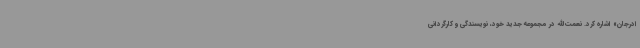
ادرجان» اشاره کرد. نعمت‌الله در مجموعه جدید خود، نویسندگی و کارگردانی